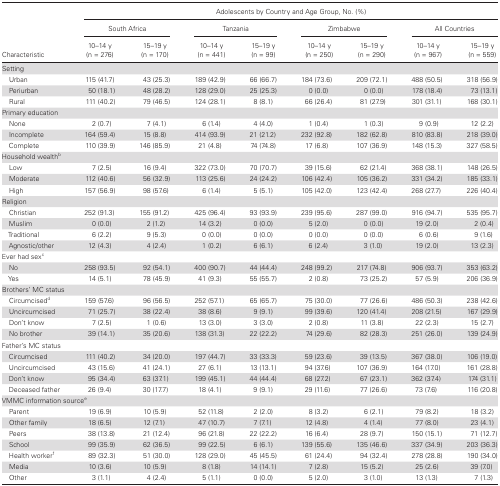
<table><thead><tr><td rowspan="3"><b>Characteristic</b></td><td colspan="8"><b>Adolescents by Country and Age Group, No. (%)</b></td></tr><tr><td colspan="2"><b>South Africa</b></td><td colspan="2"><b>Tanzania</b></td><td colspan="2"><b>Zimbabwe</b></td><td colspan="2"><b>All Countries</b></td></tr><tr><td><b>10–14 y(n = 276)</b></td><td><b>15–19 y(n = 170)</b></td><td><b>10–14 y(n = 441)</b></td><td><b>15–19 y(n = 99)</b></td><td><b>10–14 y(n = 250)</b></td><td><b>15–19 y(n = 290)</b></td><td><b>10–14 y(n = 967)</b></td><td><b>15–19 y(n = 559)</b></td></tr></thead><tbody><tr><td colspan="9">Setting</td></tr><tr><td> Urban</td><td>115 (41.7)</td><td>43 (25.3)</td><td>189 (42.9)</td><td>66 (66.7)</td><td>184 (73.6)</td><td>209 (72.1)</td><td>488 (50.5)</td><td>318 (56.9)</td></tr><tr><td> Periurban</td><td>50 (18.1)</td><td>48 (28.2)</td><td>128 (29.0)</td><td>25 (25.3)</td><td>0 (0.0)</td><td>0 (0.0)</td><td>178 (18.4)</td><td>73 (13.1)</td></tr><tr><td> Rural</td><td>111 (40.2)</td><td>79 (46.5)</td><td>124 (28.1)</td><td>8 (8.1)</td><td>66 (26.4)</td><td>81 (27.9)</td><td>301 (31.1)</td><td>168 (30.1)</td></tr><tr><td colspan="9">Primary education</td></tr><tr><td> None</td><td>2 (0.7)</td><td>7 (4.1)</td><td>6 (1.4)</td><td>4 (4.0)</td><td>1 (0.4)</td><td>1 (0.3)</td><td>9 (0.9)</td><td>12 (2.2)</td></tr><tr><td> Incomplete</td><td>164 (59.4)</td><td>15 (8.8)</td><td>414 (93.9)</td><td>21 (21.2)</td><td>232 (92.8)</td><td>182 (62.8)</td><td>810 (83.8)</td><td>218 (39.0)</td></tr><tr><td> Complete</td><td>110 (39.9)</td><td>146 (85.9)</td><td>21 (4.8)</td><td>74 (74.8)</td><td>17 (6.8)</td><td>107 (36.9)</td><td>148 (15.3)</td><td>327 (58.5)</td></tr><tr><td colspan="9">Household wealth<sup>b</sup></td></tr><tr><td> Low</td><td>7 (2.5)</td><td>16 (9.4)</td><td>322 (73.0)</td><td>70 (70.7)</td><td>39 (15.6)</td><td>62 (21.4)</td><td>368 (38.1)</td><td>148 (26.5)</td></tr><tr><td> Moderate</td><td>112 (40.6)</td><td>56 (32.9)</td><td>113 (25.6)</td><td>24 (24.2)</td><td>106 (42.4)</td><td>105 (36.2)</td><td>331 (34.2)</td><td>185 (33.1)</td></tr><tr><td> High</td><td>157 (56.9)</td><td>98 (57.6)</td><td>6 (1.4)</td><td>5 (5.1)</td><td>105 (42.0)</td><td>123 (42.4)</td><td>268 (27.7)</td><td>226 (40.4)</td></tr><tr><td colspan="9">Religion</td></tr><tr><td> Christian</td><td>252 (91.3)</td><td>155 (91.2)</td><td>425 (96.4)</td><td>93 (93.9)</td><td>239 (95.6)</td><td>287 (99.0)</td><td>916 (94.7)</td><td>535 (95.7)</td></tr><tr><td> Muslim</td><td>0 (0.0)</td><td>2 (1.2)</td><td>14 (3.2)</td><td>0 (0.0)</td><td>5 (2.0)</td><td>0 (0.0)</td><td>19 (2.0)</td><td>2 (0.4)</td></tr><tr><td> Traditional</td><td>6 (2.2)</td><td>9 (5.3)</td><td>0 (0.0)</td><td>0 (0.0)</td><td>0 (0.0)</td><td>0 (0.0)</td><td>6 (0.6)</td><td>9 (1.6)</td></tr><tr><td> Agnostic/other</td><td>12 (4.3)</td><td>4 (2.4)</td><td>1 (0.2)</td><td>6 (6.1)</td><td>6 (2.4)</td><td>3 (1.0)</td><td>19 (2.0)</td><td>13 (2.3)</td></tr><tr><td>Ever had sex<sup>c</sup></td><td></td><td></td><td></td><td></td><td></td><td></td><td></td><td></td></tr><tr><td> No</td><td>258 (93.5)</td><td>92 (54.1)</td><td>400 (90.7)</td><td>44 (44.4)</td><td>248 (99.2)</td><td>217 (74.8)</td><td>906 (93.7)</td><td>353 (63.2)</td></tr><tr><td> Yes</td><td>14 (5.1)</td><td>78 (45.9)</td><td>41 (9.3)</td><td>55 (55.7)</td><td>2 (0.8)</td><td>73 (25.2)</td><td>57 (5.9)</td><td>206 (36.9)</td></tr><tr><td colspan="9">Brothers’ MC status</td></tr><tr><td> Circumcised<sup>d</sup></td><td>159 (57.6)</td><td>96 (56.5)</td><td>252 (57.1)</td><td>65 (65.7)</td><td>75 (30.0)</td><td>77 (26.6)</td><td>486 (50.3)</td><td>238 (42.6)</td></tr><tr><td> Uncircumcised</td><td>71 (25.7)</td><td>38 (22.4)</td><td>38 (8.6)</td><td>9 (9.1)</td><td>99 (39.6)</td><td>120 (41.4)</td><td>208 (21.5)</td><td>167 (29.9)</td></tr><tr><td> Don’t know</td><td>7 (2.5)</td><td>1 (0.6)</td><td>13 (3.0)</td><td>3 (3.0)</td><td>2 (0.8)</td><td>11 (3.8)</td><td>22 (2.3)</td><td>15 (2.7)</td></tr><tr><td> No brother</td><td>39 (14.1)</td><td>35 (20.6)</td><td>138 (31.3)</td><td>22 (22.2)</td><td>74 (29.6)</td><td>82 (28.3)</td><td>251 (26.0)</td><td>139 (24.9)</td></tr><tr><td colspan="9">Father’s MC status</td></tr><tr><td> Circumcised</td><td>111 (40.2)</td><td>34 (20.0)</td><td>197 (44.7)</td><td>33 (33.3)</td><td>59 (23.6)</td><td>39 (13.5)</td><td>367 (38.0)</td><td>106 (19.0)</td></tr><tr><td> Uncircumcised</td><td>43 (15.6)</td><td>41 (24.1)</td><td>27 (6.1)</td><td>13 (13.1)</td><td>94 (37.6)</td><td>107 (36.9)</td><td>164 (17.0)</td><td>161 (28.8)</td></tr><tr><td> Don’t know</td><td>95 (34.4)</td><td>63 (37.1)</td><td>199 (45.1)</td><td>44 (44.4)</td><td>68 (27.2)</td><td>67 (23.1)</td><td>362 (37.4)</td><td>174 (31.1)</td></tr><tr><td> Deceased father</td><td>26 (9.4)</td><td>30 (17.7)</td><td>18 (4.1)</td><td>9 (9.1)</td><td>29 (11.6)</td><td>77 (26.6)</td><td>73 (7.6)</td><td>116 (20.8)</td></tr><tr><td colspan="9">VMMC information source<sup>e</sup></td></tr><tr><td> Parent</td><td>19 (6.9)</td><td>10 (5.9)</td><td>52 (11.8)</td><td>2 (2.0)</td><td>8 (3.2)</td><td>6 (2.1)</td><td>79 (8.2)</td><td>18 (3.2)</td></tr><tr><td> Other family</td><td>18 (6.5)</td><td>12 (7.1)</td><td>47 (10.7)</td><td>7 (7.1)</td><td>12 (4.8)</td><td>4 (1.4)</td><td>77 (8.0)</td><td>23 (4.1)</td></tr><tr><td> Peers</td><td>38 (13.8)</td><td>21 (12.4)</td><td>96 (21.8)</td><td>22 (22.2)</td><td>16 (6.4)</td><td>28 (9.7)</td><td>150 (15.1)</td><td>71 (12.7)</td></tr><tr><td> School</td><td>99 (35.9)</td><td>62 (36.5)</td><td>99 (22.5)</td><td>6 (6.1)</td><td>139 (55.6)</td><td>135 (46.6)</td><td>337 (34.9)</td><td>203 (36.3)</td></tr><tr><td> Health worker<sup>f</sup></td><td>89 (32.3)</td><td>51 (30.0)</td><td>128 (29.0)</td><td>45 (45.5)</td><td>61 (24.4)</td><td>94 (32.4)</td><td>278 (28.8)</td><td>190 (34.0)</td></tr><tr><td> Media</td><td>10 (3.6)</td><td>10 (5.9)</td><td>8 (1.8)</td><td>14 (14.1)</td><td>7 (2.8)</td><td>15 (5.2)</td><td>25 (2.6)</td><td>39 (7.0)</td></tr><tr><td> Other</td><td>3 (1.1)</td><td>4 (2.4)</td><td>5 (1.1)</td><td>0 (0.0)</td><td>5 (2.0)</td><td>3 (1.0)</td><td>13 (1.3)</td><td>7 (1.3)</td></tr></tbody></table>